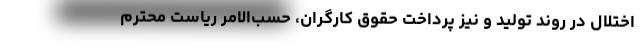
اختلال در روند تولید و نیز پرداخت حقوق کارگران، حسب‌الامر ریاست محترم